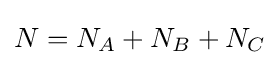
N=N_{A}+N_{B}+N_{C}